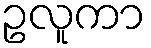
ဥလူကာ